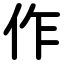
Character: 作